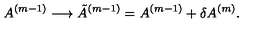
A ^ { ( m - 1 ) } \longrightarrow { \tilde { A } } ^ { ( m - 1 ) } = A ^ { ( m - 1 ) } + { \delta A ^ { ( m ) } } .